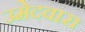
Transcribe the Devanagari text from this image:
उमेदवारा